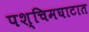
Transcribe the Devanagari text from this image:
पश्चिमघाटात